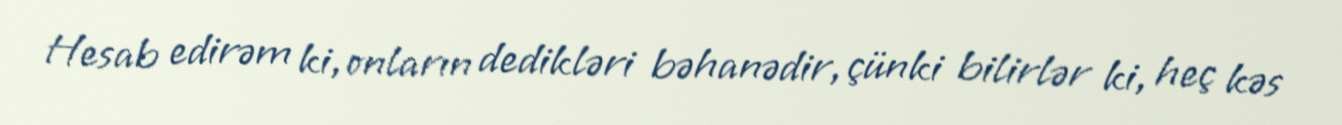
Hesab edirəm ki, onların dedikləri bəhanədir, çünki bilirlər ki, heç kəs